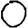
Digit: 0